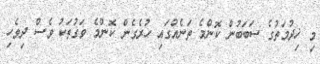
މި ޚިދުމަތުގެ ސަބަބުން ކޮންމެ ތަނެއްގައި ހުރެގެން ކޮންމެ ވަގުތަކު ވެސް ދިވެހި